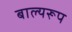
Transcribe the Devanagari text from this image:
बाल्यरूप